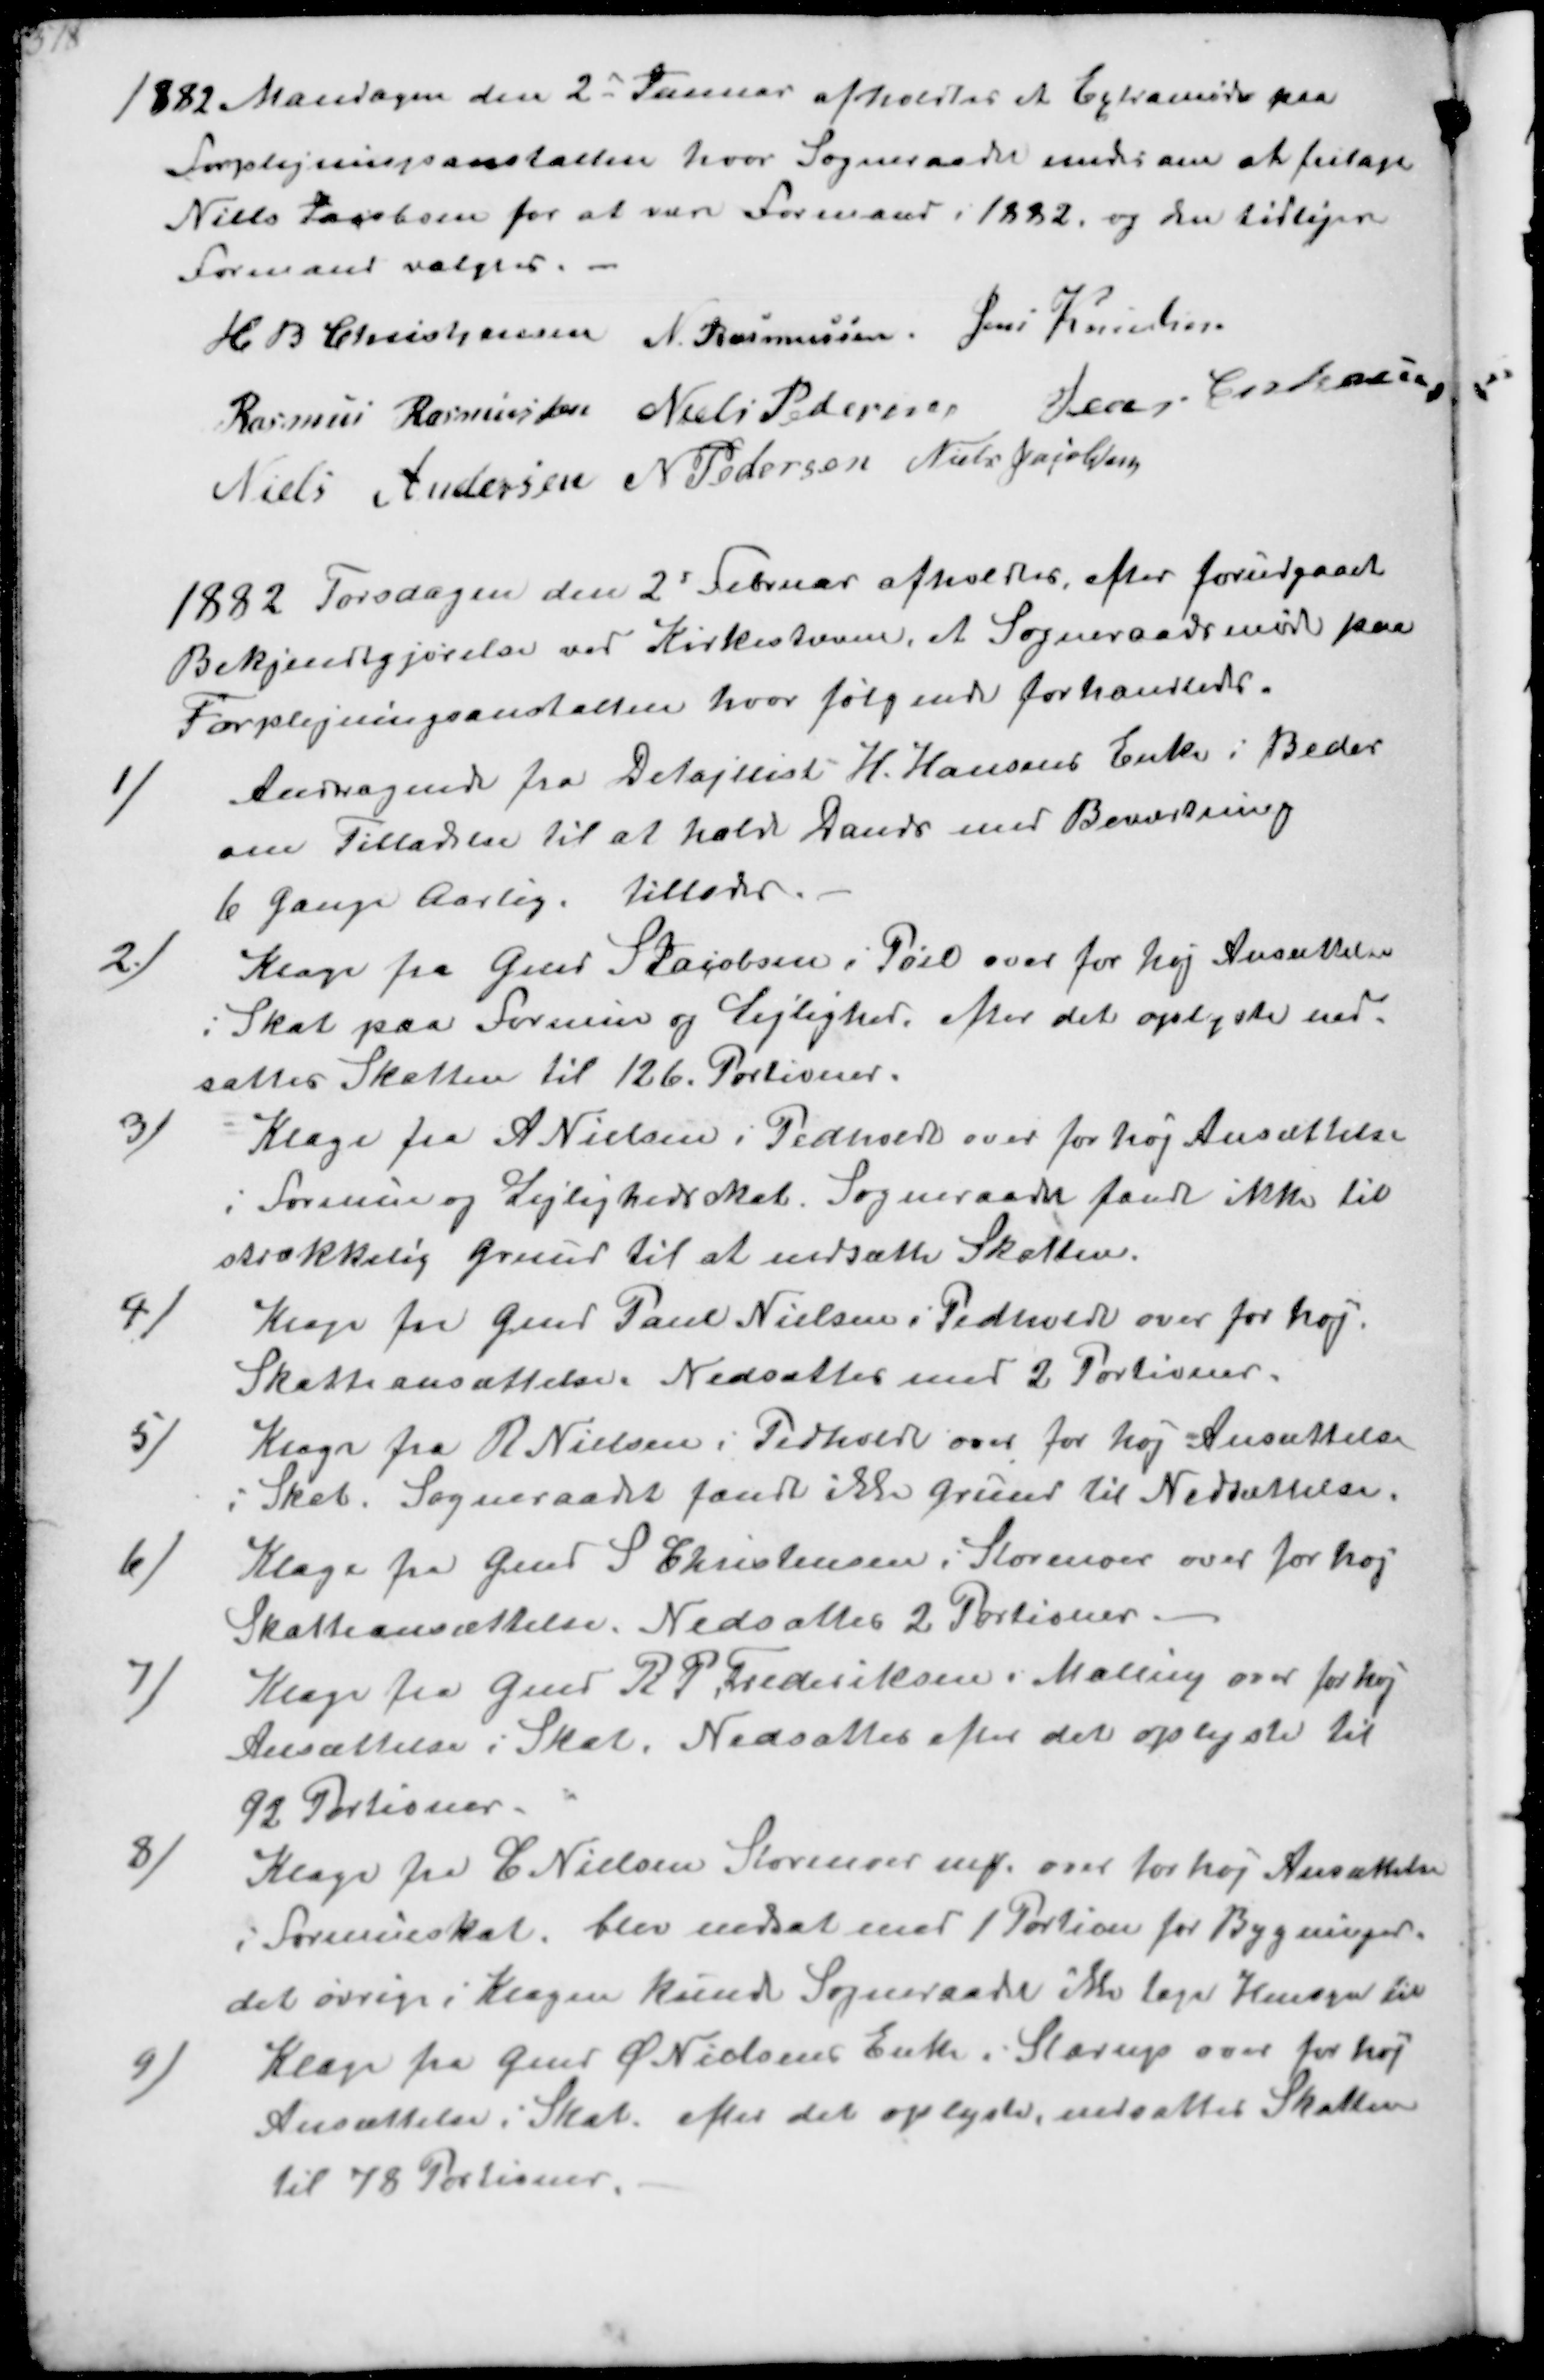
Transskription:
1882 Mandagen den 2 Januar afholdtes et Extramøde paa 
forplejningsanstalten hvor Sogneraadet enedes om at fritage
Niels Jakobsen for at være formand i 1882. og den tidligere
formand valgtes.
H B Christjansen
N. Rasmussen
Jens Kristensen 
Rasmus Rasmussen
Niels Pedersen
Jens Eskelsen
Niels Andersen
N Pedersen
Niels Jakobsen

1882 Torsdagen den 2' Februar afholdtes efter forudgaaet
Bekjendtgjørelse ved Kirkestævne et Sogneraadsmöde paa 
Forplejningsanstalten hvor følgende forhandledes. 
1/
Andragende fra Detajllist H. Hansens Enke i Beder
om Tilladelse til at holde Daure med Beværtning
6 gange Aarlig. tillades
2/
Klage fra Gmd S Jacobsen i Pøel over for høj Ansættelse
i Skat paa Formue og Lejlighed. efter det oplyste ned-
sættes Skatten til 126 Portioner
3/
Klage fra A Nielsen i Pedholdt over for høj Ansættelse
i Formue og Lejlighedsskat. Sogneraadet fandt ikke til-
strækkelig Grund til at nedsætte Skatten
4/
Klage fra Gmd Paul Nielsen i Pedholdt over for høj
Skatteansættelse. Nedsættes med 2 Portioner
5/
Klage fra R Nielsen i Pedholdt over for høj Ansættelse
i Skat. Sogneraadet fandt ikke Grund til Nedsættelse
6/
Klage fra Gmd S Christensen i Storenoer over for høj
Skatteansættelse. Nedsættes 2 Portioner
7/
Klage fra Gmd R P Frederiksen i Malling over for høj
Ansættelse i Skat. Nedsættes efter det oplyste til
92 Portioner
8/
Klage fra C Nielsen Storenoer over for høj Ansættelse
i Formueskat. blev nedsat 1 Portion for Bygninger
det øvrige i Klagen kunde Sogneraadet ikke tage Hensyn til
9/
Klage fra Gmd Ø Nielsens Enke i Starup over for høj
Ansættelse i Skat. efter det oplyste nedsattes Skatten
til 78 Portioner